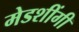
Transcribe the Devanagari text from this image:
मेडशींगी